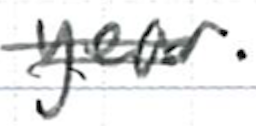
Text: year.
Cross-out: double-line
Writing tool: ballpoint